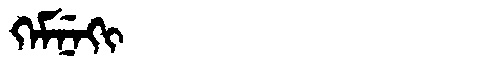
Manchu: ᡴᡝᠮᠨᡝᡴᡳ
Romanization: KEMNEKI